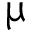
\upmu